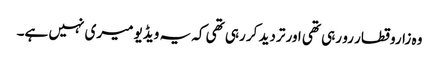
وہ زاروقطار رو رہی تھی اور تردید کر رہی تھی کہ یہ ویڈیو میری نہیں ہے۔